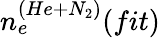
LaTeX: n_{e}^{(He+N_{2})}(fit)